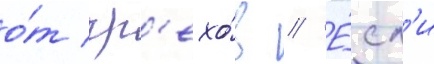
о́т гр'ехо́в // Е́сл'и